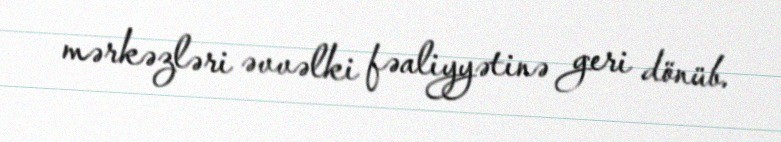
mərkəzləri əvvəlki fəaliyyətinə geri dönüb.